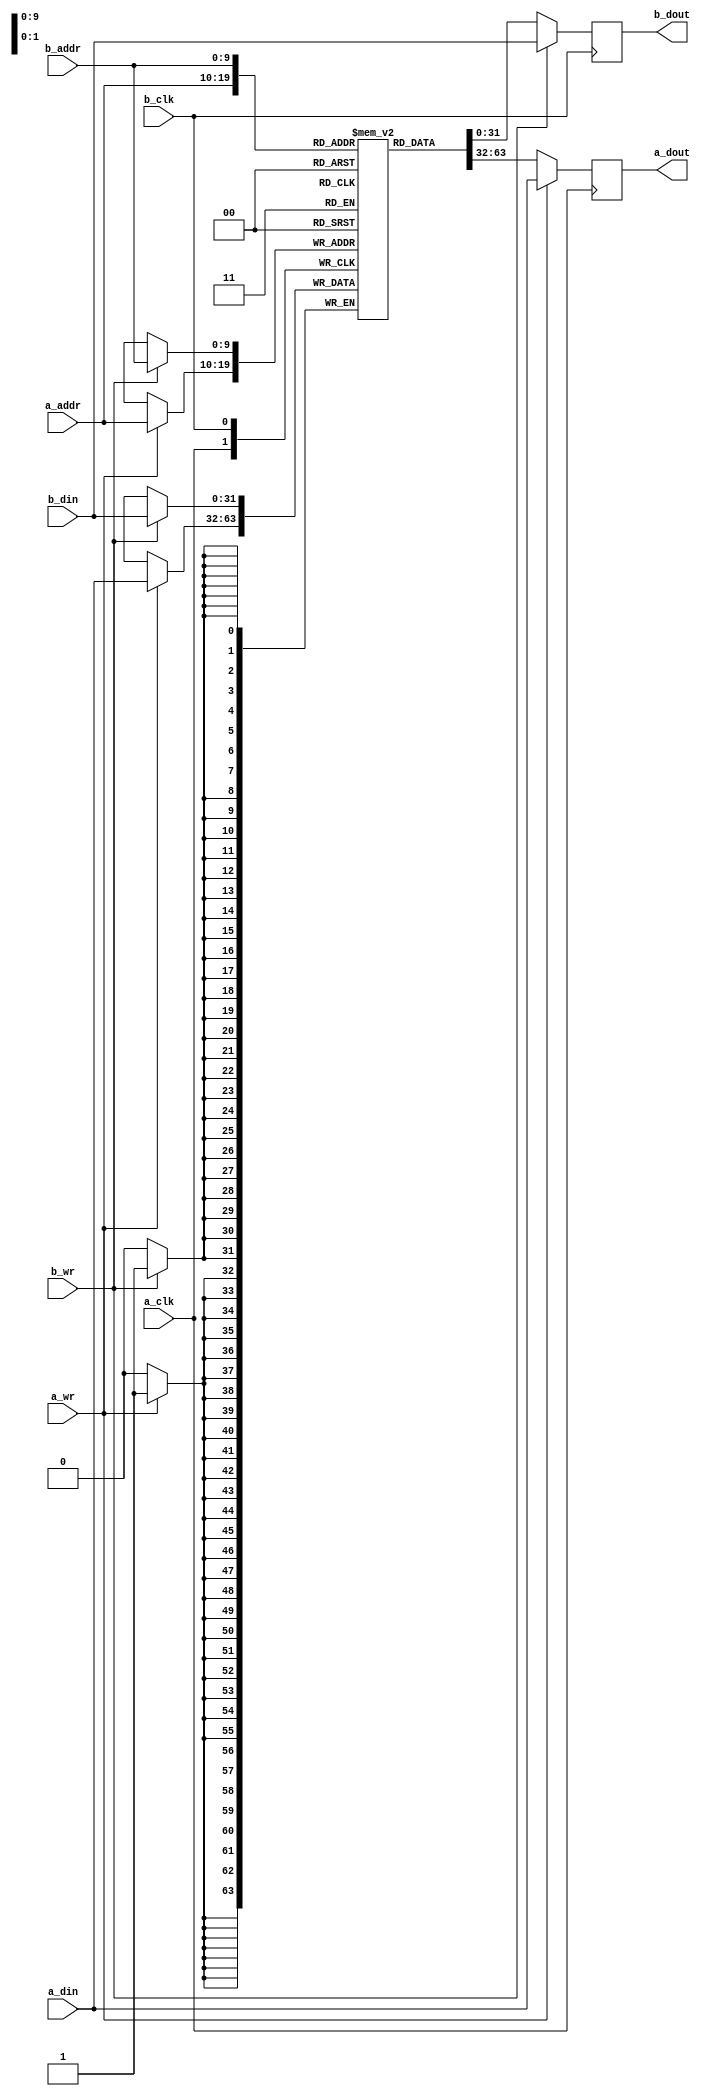
module bram_tdp #(
    parameter DATA = 32,
    parameter ADDR = 10
) (
    // Port A
    input   wire                a_clk,
    input   wire                a_wr,
    input   wire    [ADDR-1:0]  a_addr,
    input   wire    [DATA-1:0]  a_din,
    output  reg     [DATA-1:0]  a_dout,
     
    // Port B
    input   wire                b_clk,
    input   wire                b_wr,
    input   wire    [ADDR-1:0]  b_addr,
    input   wire    [DATA-1:0]  b_din,
    output  reg     [DATA-1:0]  b_dout
);
 
// Shared memory
reg [DATA-1:0] mem [(2**ADDR)-1:0];
 
// Port A
always @(posedge a_clk) begin
    a_dout      <= mem[a_addr];
    if(a_wr) begin
        a_dout      <= a_din;
        mem[a_addr] <= a_din;
    end
end
 
// Port B
always @(posedge b_clk) begin
    b_dout      <= mem[b_addr];
    if(b_wr) begin
        b_dout      <= b_din;
        mem[b_addr] <= b_din;
    end
end
 
endmodule